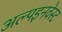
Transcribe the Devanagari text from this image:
अल्पइनवेस्ट